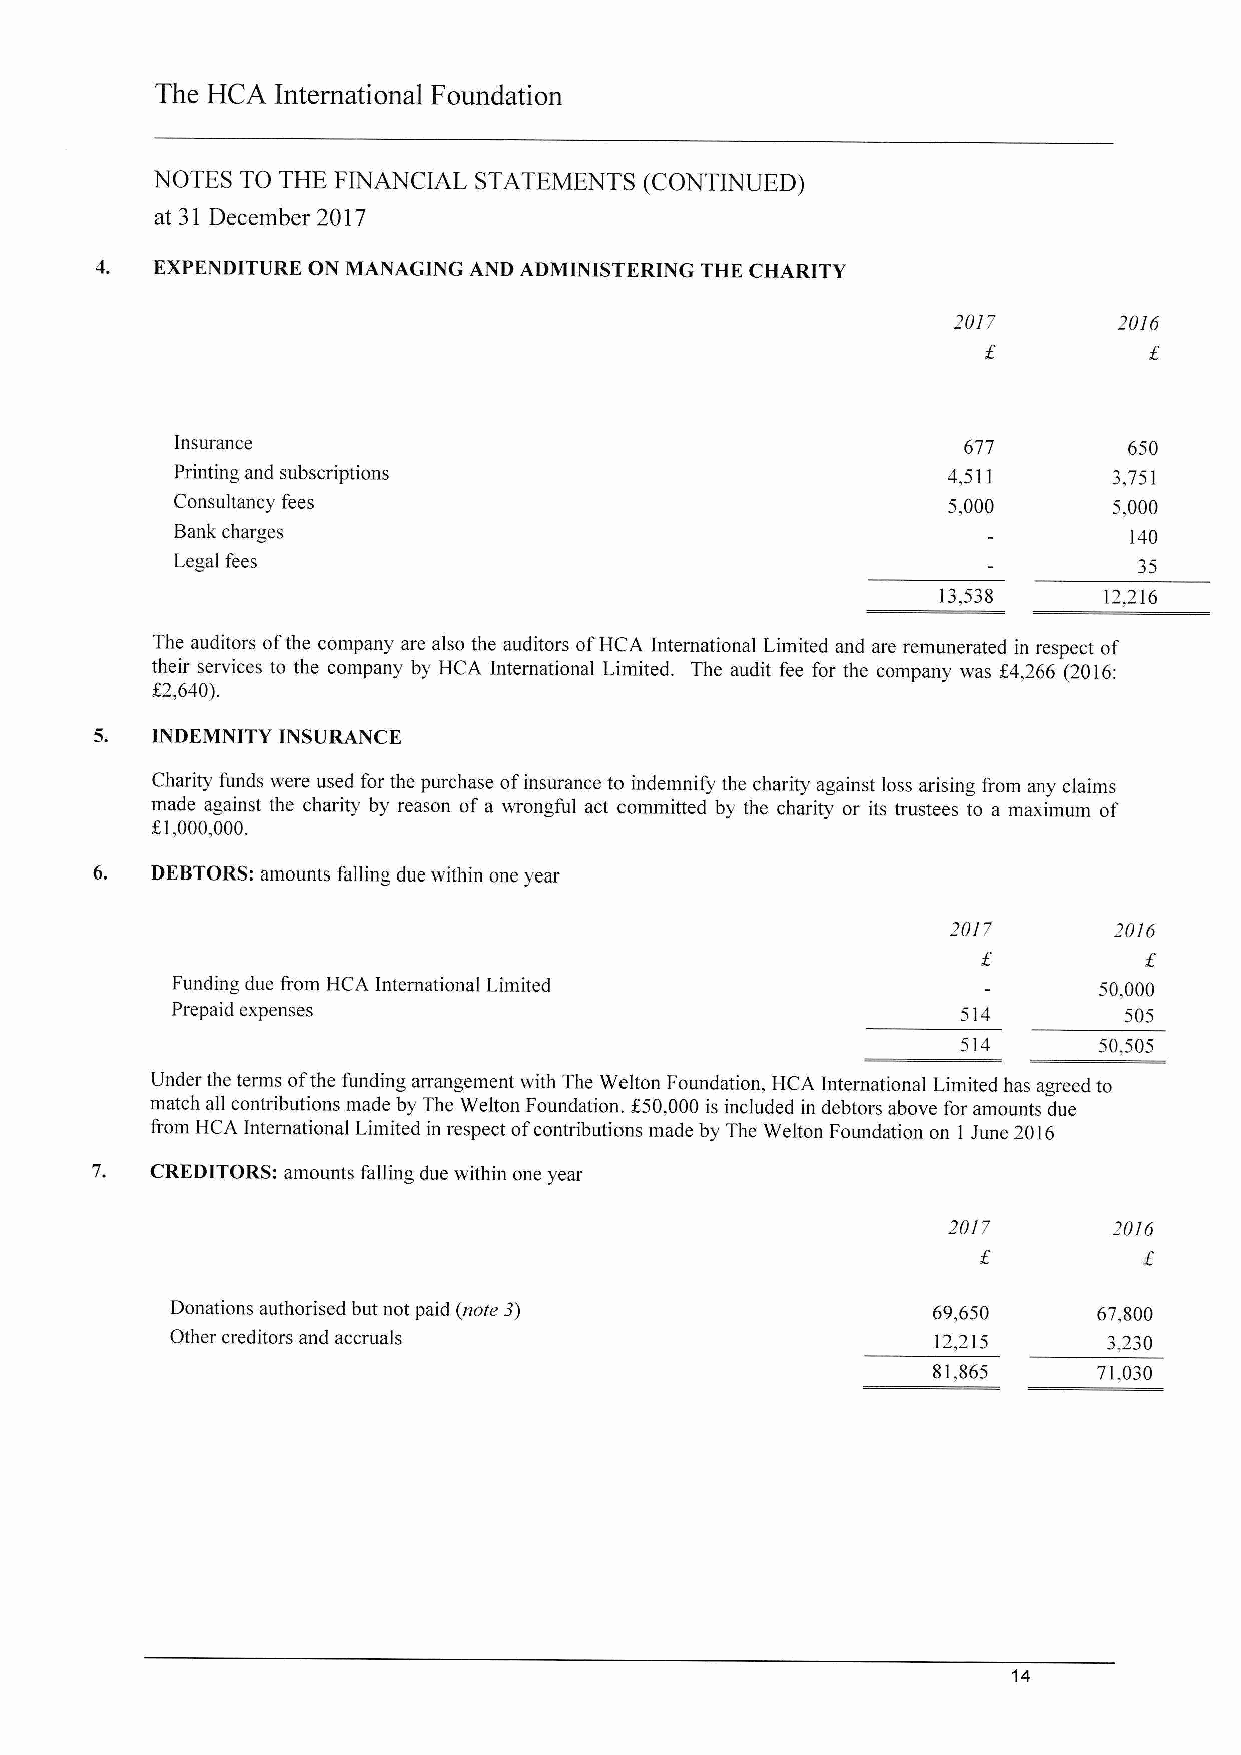
The HCA International Foundation
 NOTES TO THE FINANCIAL STATEMENTS (CONTINUED)
 at 31 December 2017
 4.  EXPENDITURE ON MANAGING AND ADMINISTERING THE CHARITY
 2017       2016
 Insurance                                           677        650
 Printing and subscriptions                         4,511      3,751
 Consultancy fees                                   5,000      5,000
 Bank charges                                                    140
 Legal fees                                                      35
 13,538     12,216
 The auditors ofthe company are also the auditors ofHCA International Limited and are remunerated in respect of
 their services to the company by HCA International Limited. The audit fee for the company was K4,266 (2016:
 K2,640).
 5.  INDEMNITY INSURANCE
 Charity funds were used for the purchase ofinsurance to indemnify the charity against loss arising from any claims
 made against the charity by reason of a wrongful act committed by the charity or its trustees to a maximum of
 K1,000,000.
 DEBTORS:amounts falling due within one year
 2017       2016
 Funding due from HCA International Limited                    50,000
 Prepaid expenses                                     514       505
 514      50,505
 Under the terms ofthe funding arrangement with The Welton Foundation, HCA International Limited has agreed to
 match all contributions made by The Welton Foundation. f50,000 is included in debtors above for amounts due
 from HCA International Limited in respect ofcontributions made by The Welton Foundation on 1 June 2016
 CREDITORS: amounts falling due within one year
 2017       2016
 Donations authorised but not paid (note 3)         69,650     67,800
 Other creditors and accruals                       12,215     3,230
 81,865     71,030
 14